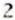
2